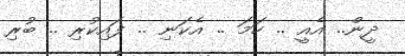
ދީން.. އެއީ .. ހަމަ .. އެކަނި .. ފައިކުރި .. ބުރި